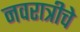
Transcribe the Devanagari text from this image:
नवरात्रीचे